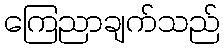
ကြေညာချက်သည်